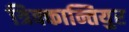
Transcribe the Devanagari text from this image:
त्रिक्कान्तियुर